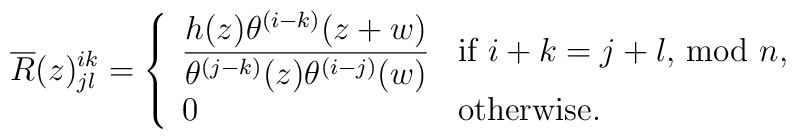
\overline{R}(z)^{ik}_{jl}=\left\{ \begin{array}{ll} \displaystyle\frac{h(z)\theta ^{(i-k)}(z+w)}{\theta ^{(j-k)}(z)\theta ^{(i-j)}(w)} & \mbox{if $i+k=j+l$, mod $n$,} \\0 & \mbox{otherwise.} \end{array} \right.